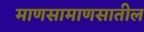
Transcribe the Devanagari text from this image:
माणसामाणसातील